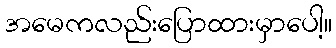
အမေကလည်းပြောထားမှာပေါ့။